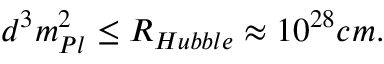
d ^ { 3 } m _ { P l } ^ { 2 } \leq R _ { H u b b l e } \approx 1 0 ^ { 2 8 } c m .